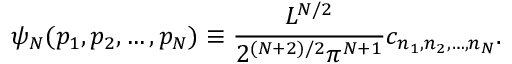
\psi _ { N } ( p _ { 1 } , p _ { 2 } , \dots , p _ { N } ) \equiv \frac { L ^ { N / 2 } } { 2 ^ { ( N + 2 ) / 2 } \pi ^ { N + 1 } } c _ { n _ { 1 } , n _ { 2 } , \dots , n _ { N } } .